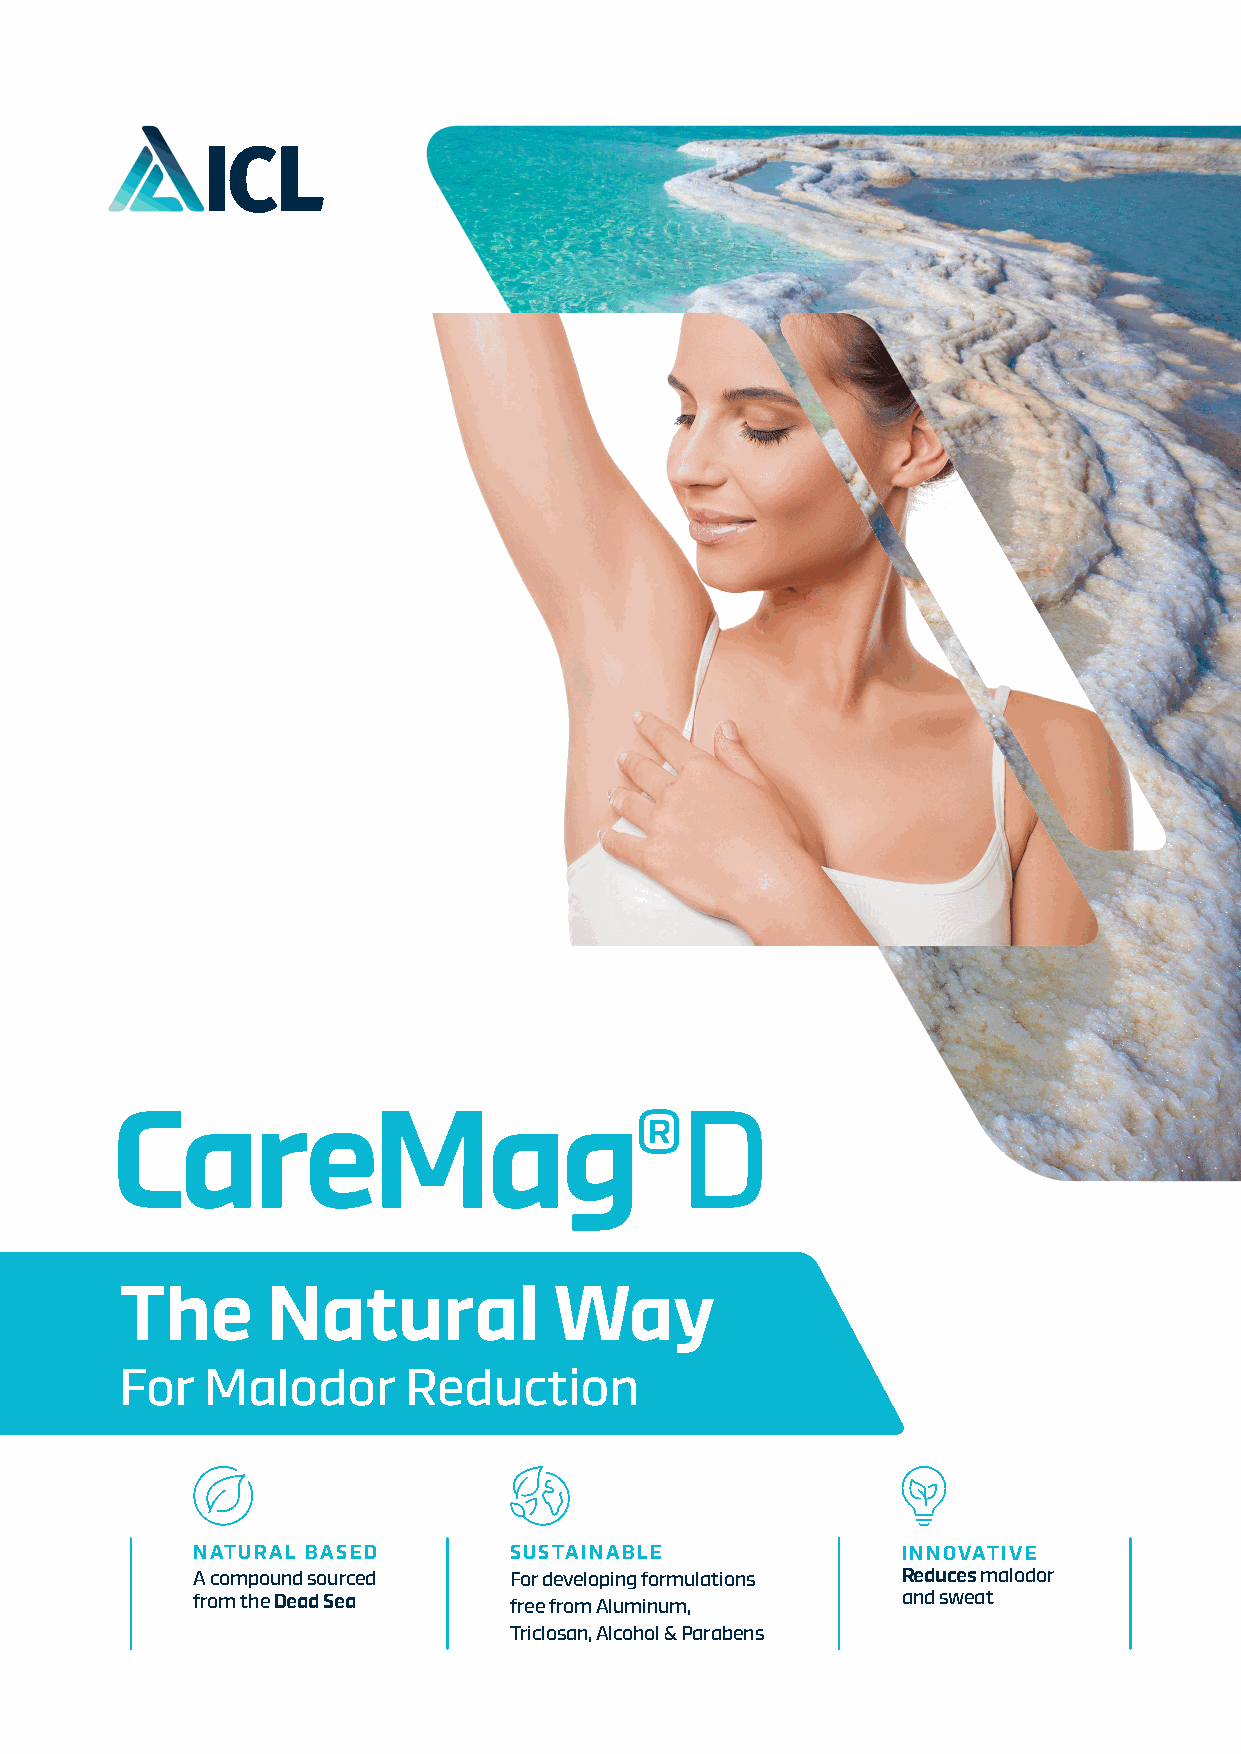
CareMag®D
 The       Natural            Way
 For  Malodor       Reduction
 NATURAL BASED        SUSTAINABLE               INNOVATIVE
 A compound sourced   For developing formulations Reduces malodor
 from the Dead Sea    free from Aluminum,       and sweat
 Triclosan, Alcohol & Parabens